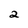
Character: 2